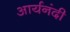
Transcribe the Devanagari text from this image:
आर्यनंदी